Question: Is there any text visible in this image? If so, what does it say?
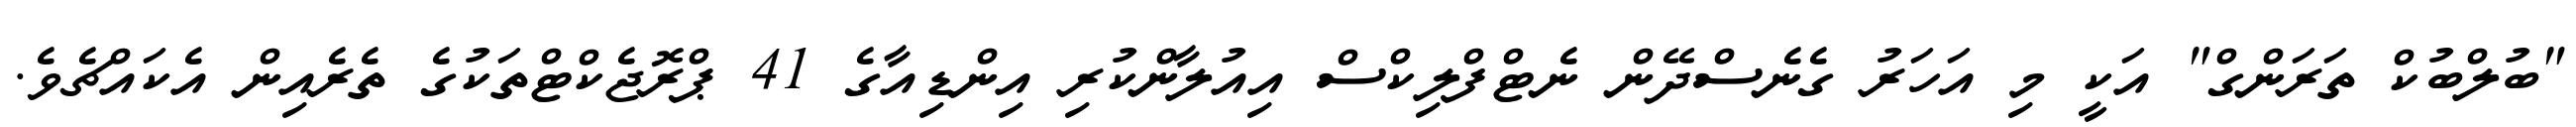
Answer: "ބުލްބުކް ތަރަންގް" އަކީ މި އަހަރު ގެނެސްދޭން ނެޓްފްލިކްސް އިއުލާންކުރި އިންޑިއާގެ 41 ޕްރޮޖެކްޓްތަކުގެ ތެރެއިން އެކައްޗެވެ.